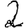
Digit: 2